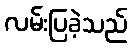
လမ်းပြခဲ့သည်